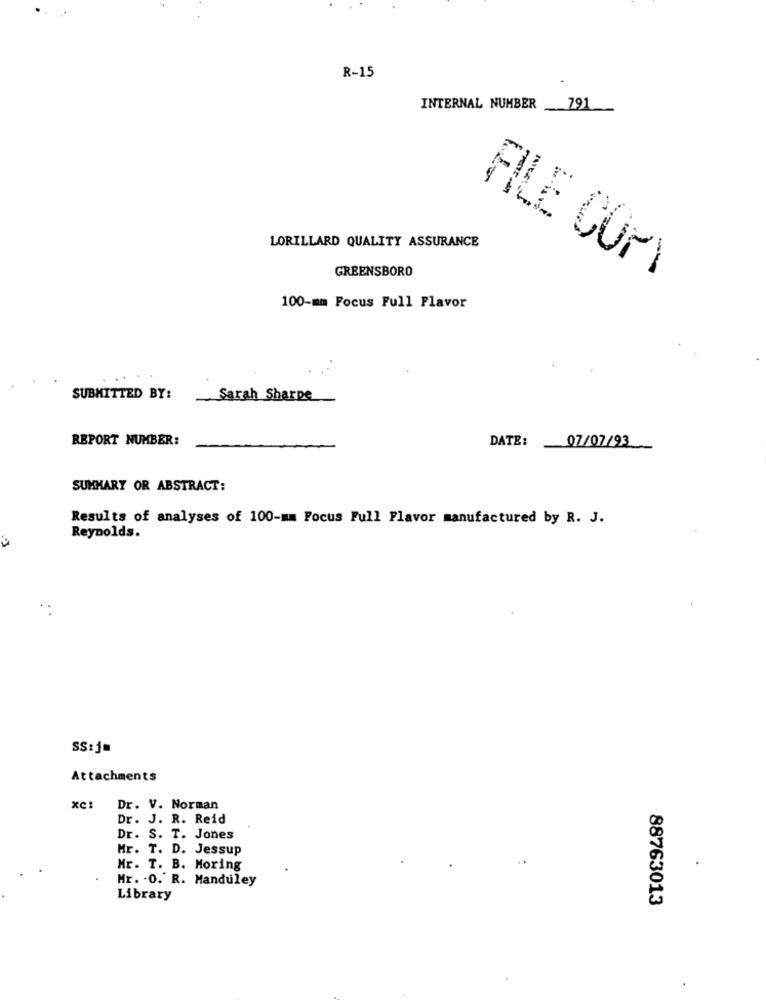
R-15
INTERNAL NUMBER _791
LORILLARD QUALITY ASSURANCE
GREENSBORO
FILE COPY
100-mm Focus Full Flavor
SUBMITTED BY:
Sarah Sharpe
REPORT NUMBER:
DATE:
07/07/93
SUMMARY OR ABSTRACT:
Results of analyses of 100-mm Focus Full Flavor manufactured by R. J.
Reynolds.
SS:jm
Attachments
Dr. V. Norman
Dr. J. R. Reid
Dr. S. T. Jones
Mr. T. D. Jessup
Mr. T. B. Moring
Mr. . O. R. Manduley
Library
88763013